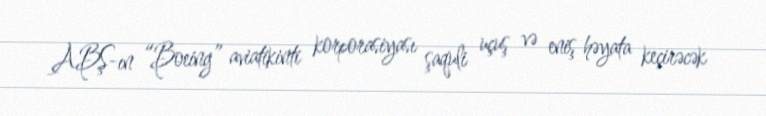
ABŞ-ın “Boeing” aviatikinti korporasiyası şaquli uçuş və eniş həyata keçirəcək